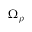
\Omega _ { \rho }